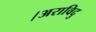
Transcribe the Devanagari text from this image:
।अराविदु